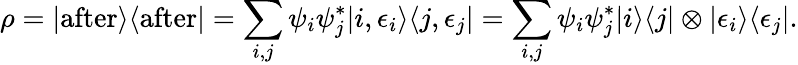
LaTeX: \rho=|{\mathrm{after}}\rangle\langle{\mathrm{after}}|=\sum_{i,j}\psi_{i}\psi_{j}^{*}|i,\epsilon_{i}\rangle\langle j,\epsilon_{j}|=\sum_{i,j}\psi_{i}\psi_{j}^{*}|i\rangle\langle j|\otimes|\epsilon_{i}\rangle\langle\epsilon_{j}|.